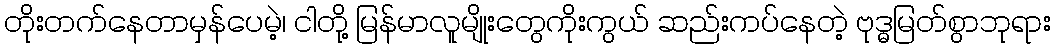
တိုးတက်နေတာမှန်ပေမဲ့၊ ငါတို့ မြန်မာလူမျိုးတွေကိုးကွယ် ဆည်းကပ်နေတဲ့ ဗုဒ္ဓမြတ်စွာဘုရား